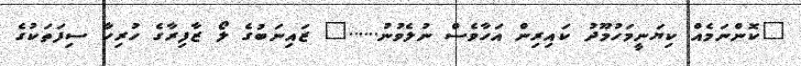
"ކޮންނަމެއް ކިޔަނީމަހުމޫދު ކައިރިން އަހާވެސް ނުލެވުނު......" ޒައިނަބުގެ ލޯ ޒާފިރާގެ ހުރިހާ ސިފަތަކުގެ